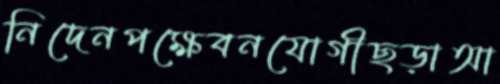
নিদেনপক্ষেবনযোগীছড়াআ